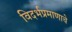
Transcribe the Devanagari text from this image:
विदर्भप्रमाणाचे